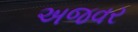
અજવર